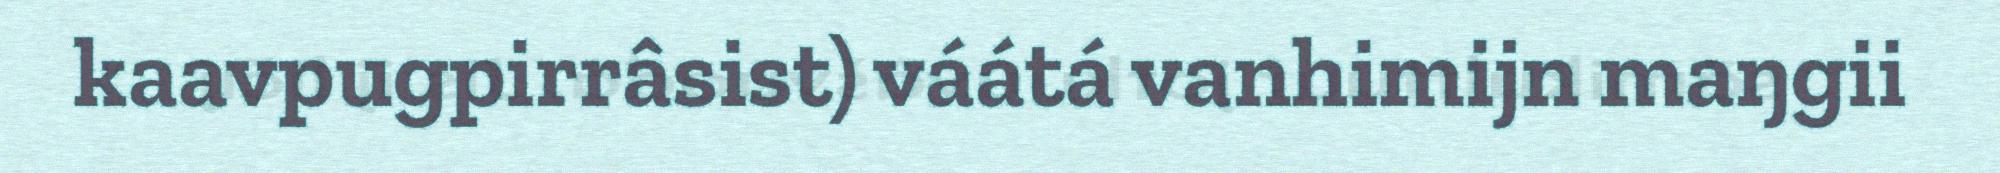
kaavpugpirrâsist) váátá vanhimijn maŋgii